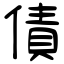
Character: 債